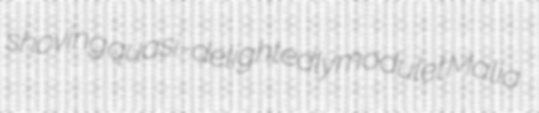
shoving quasi-delightedly modulet Malia